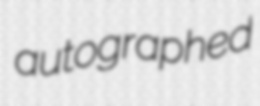
autographed